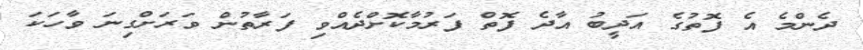
ދެންމެ އެ ފޮތުގެ އަދީބު އާދެ ފޮތް ފަރުމާކޮށްދެއްވި ފަރާތުން ވަރަށްގިނަ ވާހަކަ